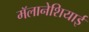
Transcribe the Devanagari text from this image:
मॅलानेशियाई